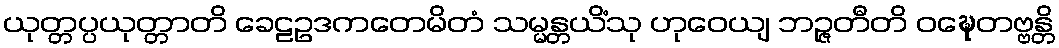
ယုတ္တပ္ပယုတ္တာတိ ခေဠဥဒကတေမိတံ သမ္မန္တယိံသု ဟုဝေယျ ဘဉ္ဇတီတိ ဝဍ္ဎေတဗ္ဗန္တိ